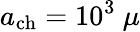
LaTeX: a_{\mathrm{ch}}=10^{3}~\mu